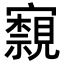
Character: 𭔢